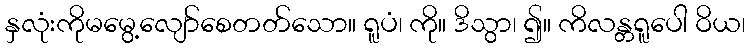
နှလုံးကိုမမွေ့လျော်စေတတ်သော။ ရူပံ၊ ကို။ ဒိသွာ၊ ၍။ ကိလန္တရူပေါ ဝိယ၊